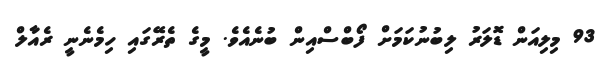
93 މިލިއަން ޑޮލަރު ލިބުނުކަމަށް ފޯބްސްއިން ބުނެއެވެ. މީގެ ތެރޭގައި ހިމެނެނީ ރެއާލް